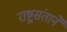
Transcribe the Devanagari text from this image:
राष्ट्रसंताने